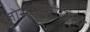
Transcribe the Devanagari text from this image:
ज़ोरोऐस्ट्रीनिस्म